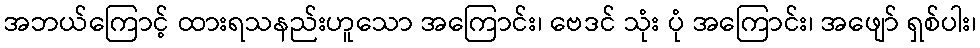
အဘယ်ကြောင့် ထားရသနည်းဟူသော အကြောင်း၊ ဗေဒင် သုံး ပုံ အကြောင်း၊ အဖျော် ရှစ်ပါး၊